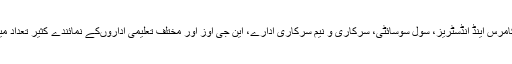
اسلام آباد چمبر آف کامرس اینڈ انڈسٹریز، سول سوسائٹی، سرکاری و نیم سرکاری ادارے، این جی اوز اور مختلف تعلیمی اداروںکے نمائندے کثیر تعداد میں شرکت کریں گے۔